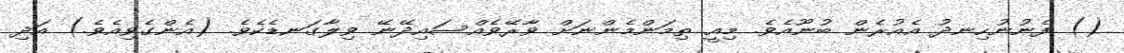
() ފެނުނުހިނދު އެއުރެން ބުނޫއެވެ. މިއީ ތިމަންމެންނަށް ވާރޭވެއްސައިދޭނޭ ވިލާގަނޑެކެވެ. (އެންގެވިއެވެ.) އަދި